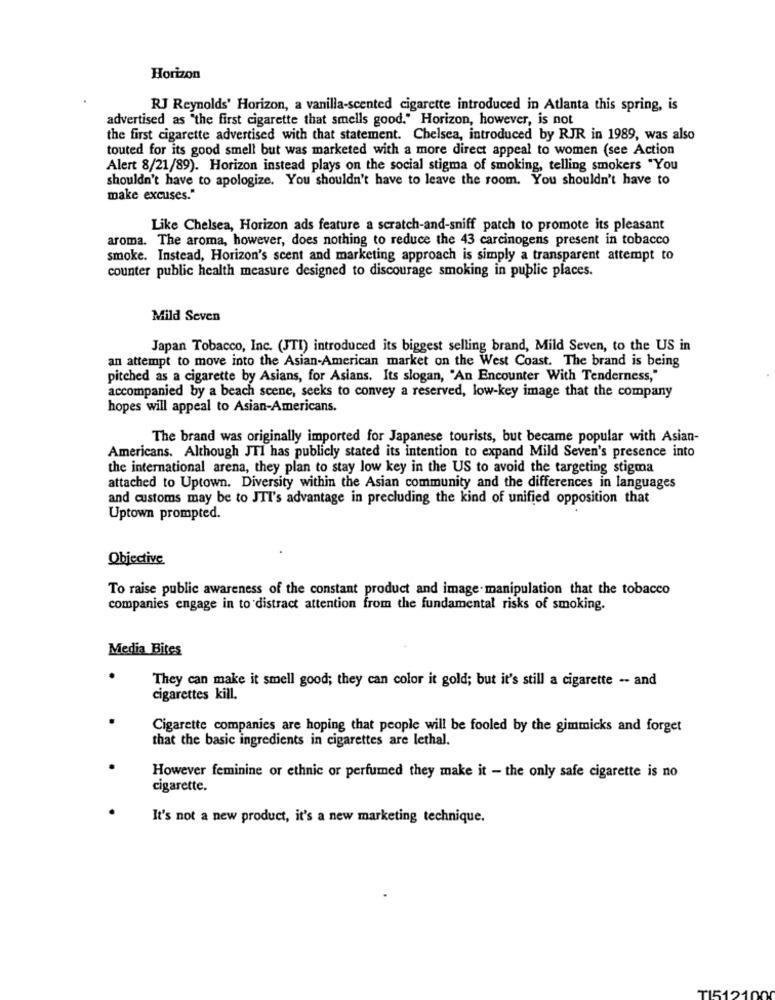
Horizon
RJ Reynolds' Horizon, a vanilla-scented cigarette introduced in Atlanta this spring, is
advertised as "the first cigarette that smells good." Horizon, however, is not
the first cigarette advertised with that statement. Chelsea, introduced by RJR in 1989, was also
touted for its good smell but was marketed with a more direct appeal to women (see Action
Alert 8/21/89). Horizon instead plays on the social stigma of smoking, telling smokers "You
shouldn't have to apologize. You shouldn't have to leave the room. You shouldn't have to
make excuses."
Like Chelsea, Horizon ads feature a scratch-and-sniff patch to promote its pleasant
aroma. The aroma, however, does nothing to reduce the 43 carcinogens present in tobacco
smoke. Instead, Horizon's scent and marketing approach is simply a transparent attempt to
counter public health measure designed to discourage smoking in public places.
Mild Seven
Japan Tobacco, Inc. (JTI) introduced its biggest selling brand, Mild Seven, to the US in
an attempt to move into the Asian-American market on the West Coast. The brand is being
pitched as a cigarette by Asians, for Asians. Its slogan, "An Encounter With Tenderness,"
accompanied by a beach scene, seeks to convey a reserved, low-key image that the company
hopes will appeal to Asian-Americans.
The brand was originally imported for Japanese tourists, but became popular with Asian-
Americans. Although JTI has publicly stated its intention to expand Mild Seven's presence into
the international arena, they plan to stay low key in the US to avoid the targeting stigma
attached to Uptown. Diversity within the Asian community and the differences in languages
and customs may be to JTI's advantage in precluding the kind of unified opposition that
Uptown prompted.
Objective
To raise public awareness of the constant product and image manipulation that the tobacco
companies engage in to distract attention from the fundamental risks of smoking.
Media Bites
They can make it smell good; they can color it gold; but it's still a cigarette -- and
cigarettes kill.
Cigarette companies are hoping that people will be fooled by the gimmicks and forget
that the basic ingredients in cigarettes are lethal.
However feminine or ethnic or perfumed they make it - the only safe cigarette is no
cigarette.
It's not a new product, it's a new marketing technique.
TI51210